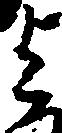
与